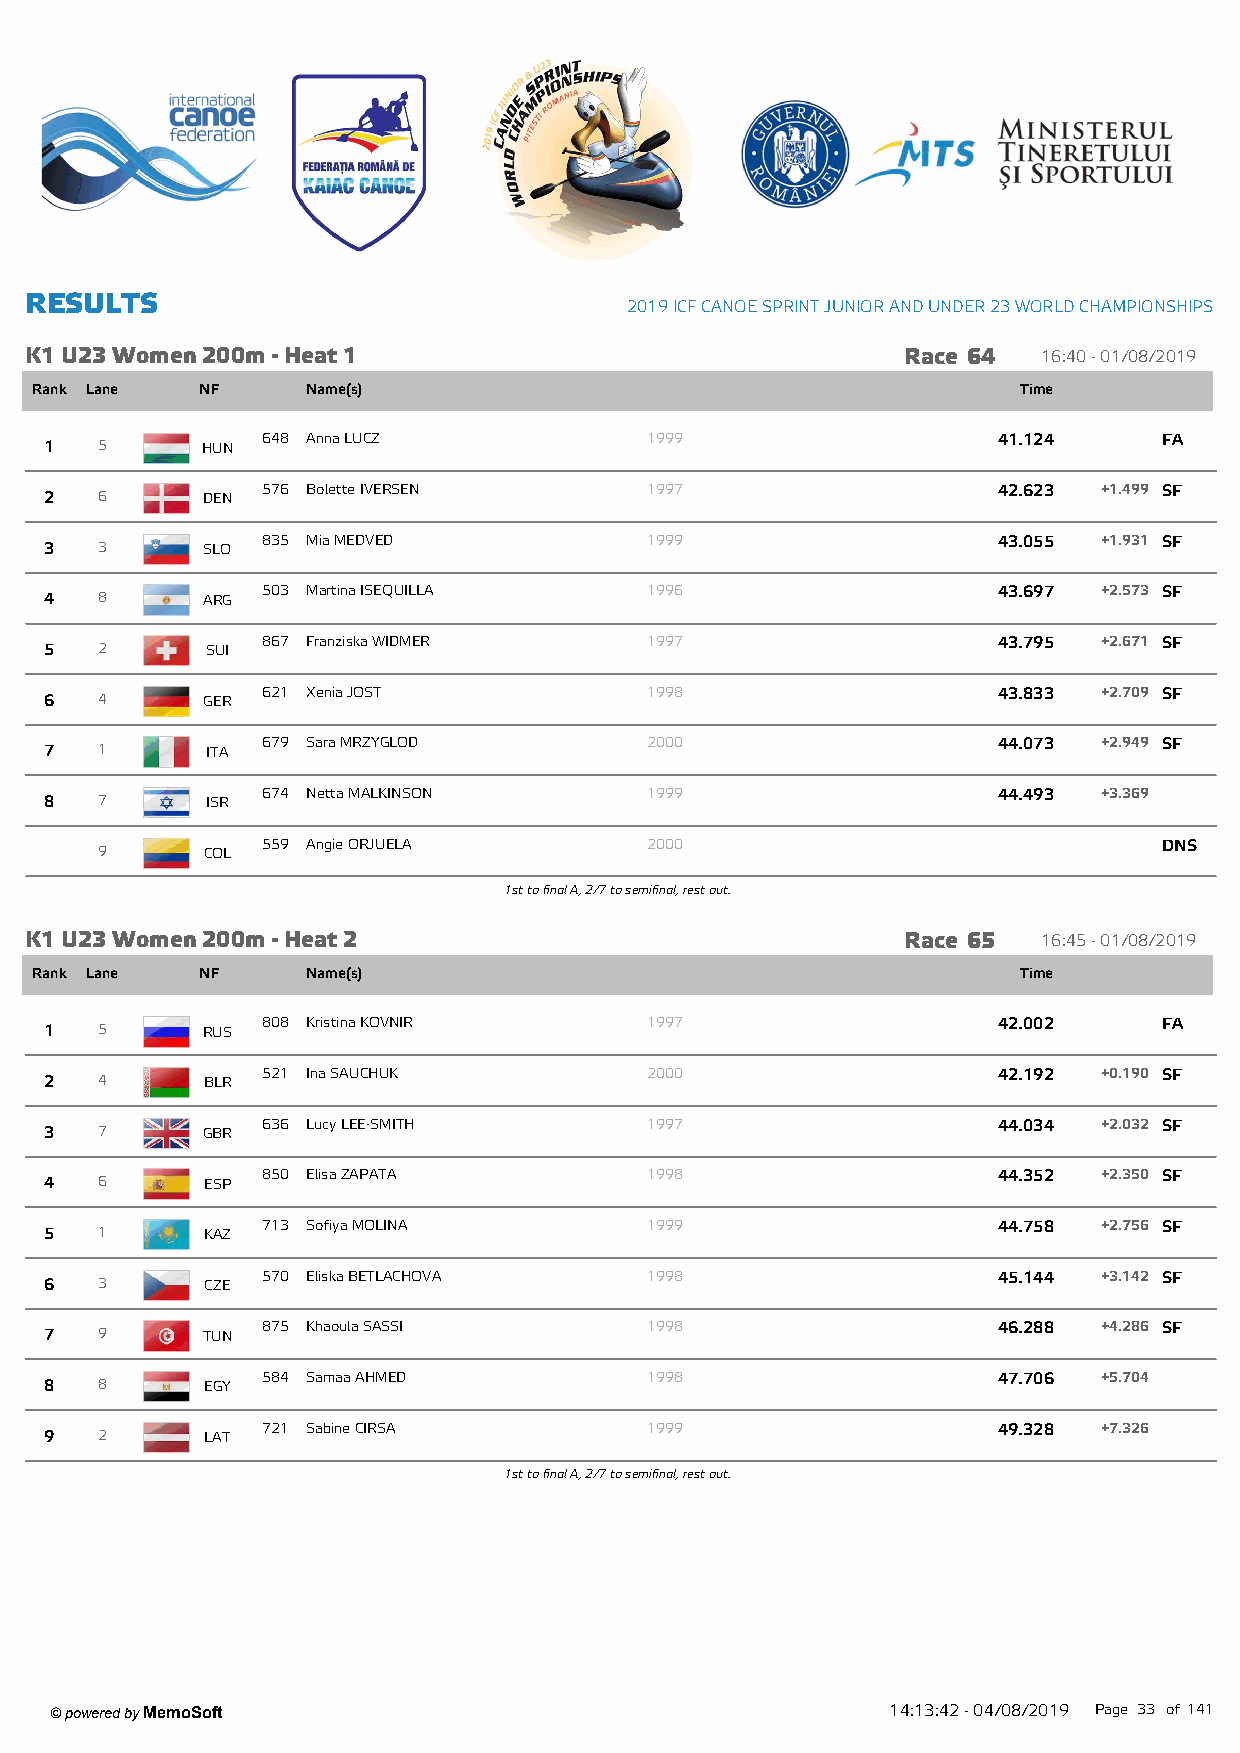
R ESU LTS
 2019 ICF CANOE SPRINT JUNIOR AND UNDER 23 W ORLD CHAMPIONSHIPS
 K1 U23 W om en 200m - Heat 1                              Race 64  16:40 - 01/08/2019
 Rank Lane  NF     Name(s)                                         Time
 648 Anna LUCZ             1999                   41.124     FA
 1  5      HUN
 576 Bolette IVERSEN       1997                   42.623 +1.499 SF
 2  6      DEN
 835 Mia MEDVED            1999                   43.055 +1.931 SF
 3  3      SLO
 503 Martina ISEQUILLA     1996                   43.697 +2.573 SF
 4  8      ARG
 867 Franziska WIDMER      1997                   43.795 +2.671 SF
 5  2       SUI
 621 Xenia JOST            1998                   43.833 +2.709 SF
 6  4      GER
 679 Sara MRZYGLOD         2000                   44.073 +2.949 SF
 7  1       ITA
 674 Netta MALKINSON       1999                   44.493 +3.369
 8  7       ISR
 559 Angie ORJUELA         2000                              DNS
 9      COL
 1st to final A, 2/7 to semifinal, rest out.
 K1 U23 W om en 200m - Heat 2                              Race 65  16:45 - 01/08/2019
 Rank Lane  NF     Name(s)                                         Time
 808 Kristina KOVNIR       1997                   42.002     FA
 1  5      RUS
 521 Ina SAUCHUK           2000                   42.192 +0.190 SF
 2  4      BLR
 636 Lucy LEE-SMITH        1997                   44.034 +2.032 SF
 3  7      GBR
 850 Elisa ZAPATA          1998                   44.352 +2.350 SF
 4  6      ESP
 713 Sofiya MOLINA         1999                   44.758 +2.756 SF
 5  1      KAZ
 570 Eliska BETLACHOVA     1998                   45.144 +3.142 SF
 6  3       CZE
 875 Khaoula SASSI         1998                   46.288 +4.286 SF
 7  9      TUN
 584 Samaa AHMED           1998                   47.706 +5.704
 8  8      EGY
 721 Sabine CIRSA          1999                   49.328 +7.326
 9  2       LAT
 1st to final A, 2/7 to semifinal, rest out.
 ' powered by MemoSoft                                   14:13:42 - 04/08/2019 Page 33 of141